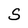
Character: S